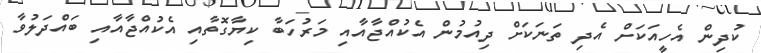
ކުދިން އެހީއަކަށް އެދި ތަނަކަށް ދިއުމުން އެކުއްޖާއާއި މަރުހަބާ ކިޔާގޮތާއި އެކުއްޖާއާއި ބައްދަލުވާ